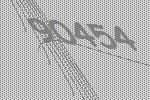
90454